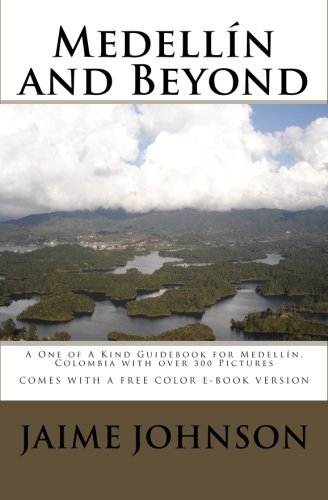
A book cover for MedellÃ­n and Beyond: A One of A Kind Guidebook to MedellÃ­n, Colombia with over 300 Pictures, COMES WITH FREE E-BOOK VERSION; Jaime Johnson; Travel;